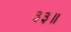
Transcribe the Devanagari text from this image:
३३॥